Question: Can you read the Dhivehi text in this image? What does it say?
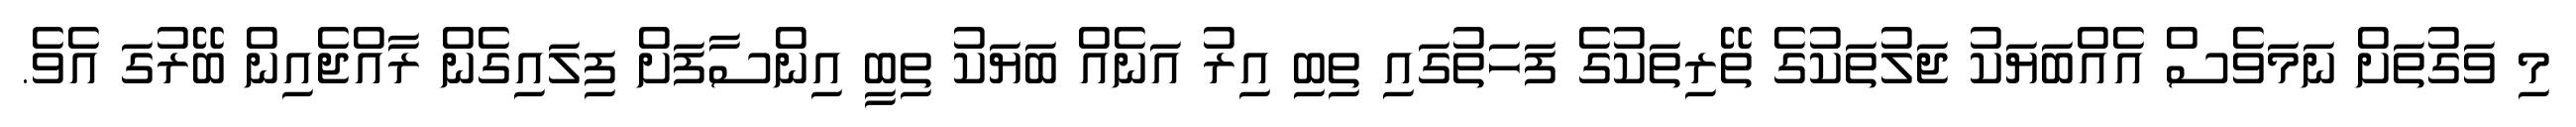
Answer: މި ވަގުތަށް ނަމަވެސް އެއްބަޔަކު ޖަލުތަކުގެ ތޭރިތަކުގެ ފަހަތުގައި ތިބި އިރު އަނެއް ބަޔަކު ތިބީ އިންސާފަށް ފިލައިގެން ރާއްޖެއިން ބޭރުގަ އެވެ.